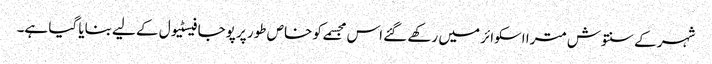
شہر کے سنتوش مترا اسکوائر میں رکھے گئے اس مجسمے کو خاص طور پر پوجا فیسٹیول کے لیے بنایا گیا ہے۔